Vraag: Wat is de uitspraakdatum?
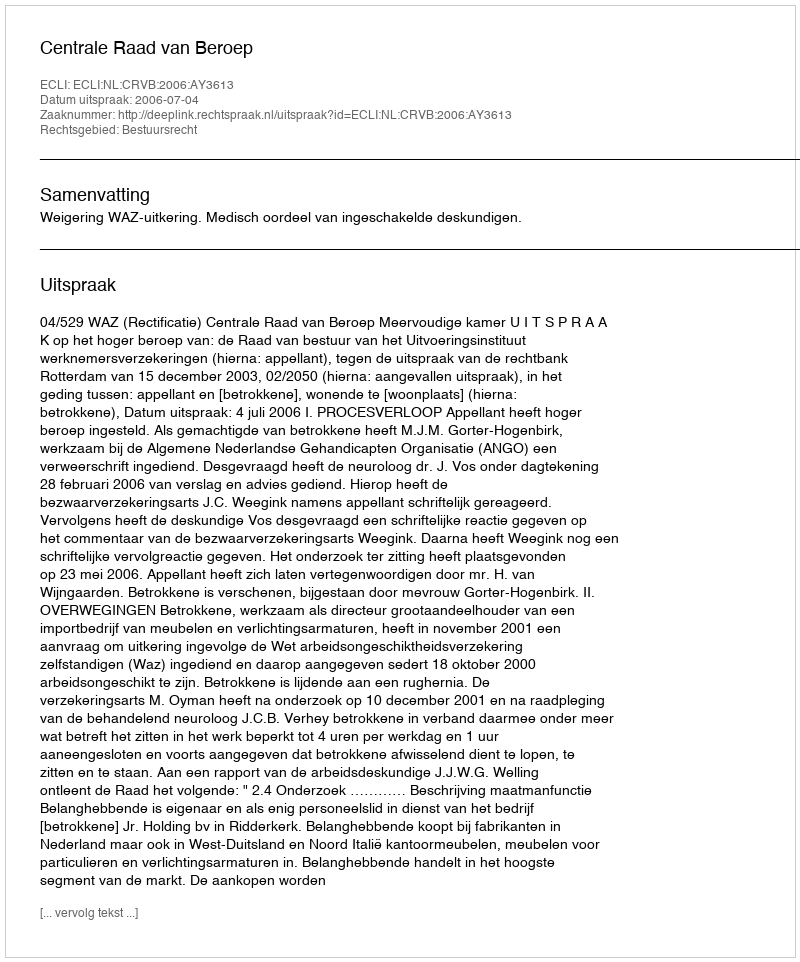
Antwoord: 2006-07-04